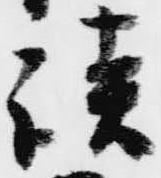
談